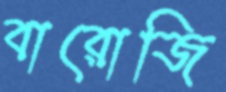
বারোজি